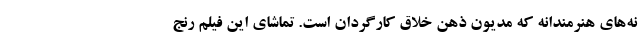
نه‌های هنرمندانه که مدیون ذهن خلاق کارگردان است. تماشای این فیلم رنج